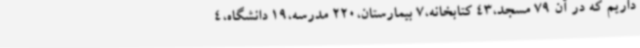
داریم که در آن 79 مسجد،43 کتابخانه،7 بیمارستان،220 مدرسه،19 دانشگاه،4